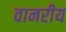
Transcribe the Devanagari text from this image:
वानरीय